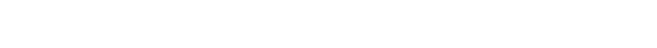
ကျုပ် ဂျေရုဆလင်ကို အမြန်ပြေးလိုက်ပါ့မယ်၊ ဒီပစ္စည်းက စိတ်ဝင်စားစရာ အလွန်ကောင်းပါတယ်